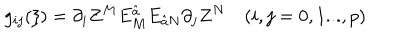
g _ { i j } ( \xi ) = \partial _ { i } Z ^ { M } E _ { M } ^ { \hat { a } } E _ { \hat { a } N } \partial _ { j } Z ^ { N } \quad ( i , j = 0 , 1 . . . , p )